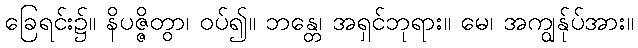
ခြေရင်း၌။ နိပဇ္ဇိတွာ၊ ဝပ်၍။ ဘန္တေ၊ အရှင်ဘုရား။ မေ၊ အကျွန်ုပ်အား။